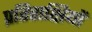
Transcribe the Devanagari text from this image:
प्रतिराक्षियों